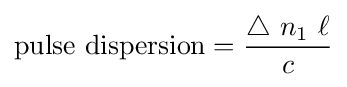
{\text{pulse dispersion}}={\frac {\triangle \ n_{1}\ \ell }{c}}\,\!